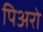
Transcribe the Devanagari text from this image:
पिअरो